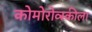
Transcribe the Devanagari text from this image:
कोमोरोव्स्कीला